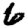
Digit: 6